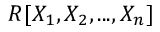
R [ X _ { 1 } , X _ { 2 } , . . . , X _ { n } ]